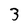
Character: 3